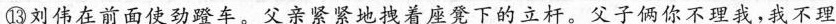
⑬刘伟在前面使劲蹬车。父亲紧紧地拽着座凳下的立杆。父子俩你不理我，我不理